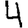
Digit: 4